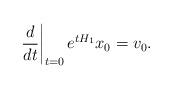
LaTeX: \begin{align*} \left. \frac{d}{dt} \right|_{t=0} e^{t {H_1}} x_0 = v_0.\end{align*}